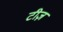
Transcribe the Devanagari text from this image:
टीज़